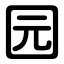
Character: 园